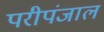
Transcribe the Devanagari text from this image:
परीपंजाल